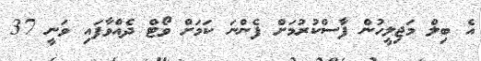
އެ ބިލް މަޖިލީހުން ފާސްކުރުމަށް ފެންނަ ކަމަށް ވޯޓް ދެއްވާފައި ވަނީ 37